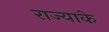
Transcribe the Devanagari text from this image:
राज्याके